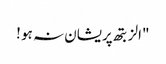
"الزبتھ پریشان نہ ہو !